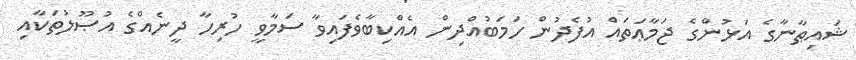
ޝައިޠާނާގެ އަޅުންގެ ޖަމާޢަތައް އުފެދުން ހަމަބުއްދިން އެއްކިބާވެފައިވާ ސަމާވީ ހުރިހާ ދީނެއްގެ އުޞޫލުތަކާއި